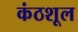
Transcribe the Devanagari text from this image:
कंठशूल